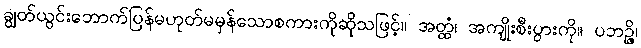
ချွတ်ယွင်းဘောက်ပြန်မဟုတ်မမှန်သောစကားကိုဆိုသဖြင့်။ အတ္ထံ၊ အကျိုးစီးပွားကို။ ပဘဉ္ဇိ၊